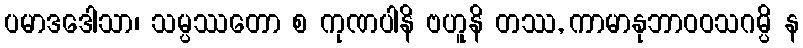
ပမာဒဒေါသာ၊ သမ္ပဿတော စ ကုဏပါနိ ဗဟူနိ တဿ, ကာမာနုဘာဝဝသဂမ္ပိ န